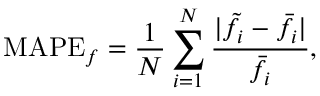
\mathrm { M A P E } _ { f } = \frac { 1 } { N } \sum _ { i = 1 } ^ { N } \frac { | \tilde { f } _ { i } - \bar { f } _ { i } | } { \bar { f } _ { i } } ,